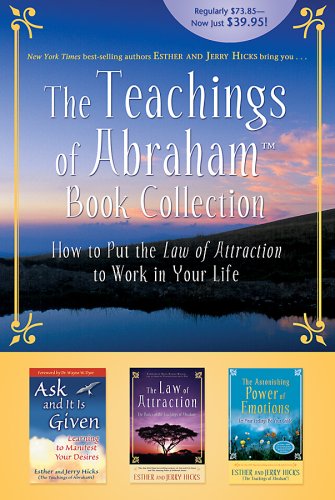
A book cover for The Teachings of Abraham Book Collection: Hardcover Boxed Set; Esther Hicks; Self-Help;